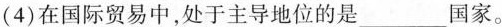
(4)在国际贸易中，处于主导地位的是___国家。